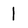
Character: 1